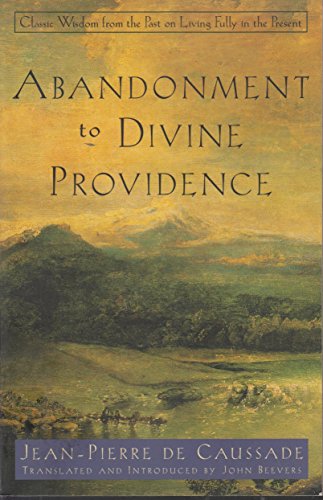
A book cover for Abandonment to Divine Providence; Jean-Pierre Caussade; Politics & Social Sciences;